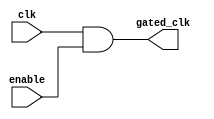
module clock_gating_cell (
    input wire clk,          // Original clock signal
    input wire enable,       // Clock gating control signal
    output wire gated_clk    // Gated clock output
);
    assign gated_clk = clk & enable; // AND gate for clock gating
endmodule